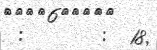
:       :  18